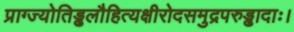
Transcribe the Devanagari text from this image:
प्राग्ज्योतिड्ढलौहित्यक्षीरोदसमुद्रपरुड्ढादाः।